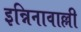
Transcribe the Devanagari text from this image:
इन्निनावाल्ली